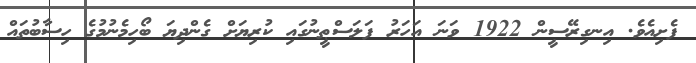
ފެށިއެވެ. އިނގިރޭސީން 1922 ވަނަ އަހަރު ފަލަސްޠީނުގައި ކުރިޔަށް ގެންދިޔަ ބޯހިމެނުމުގެ ހިސާބުތައް